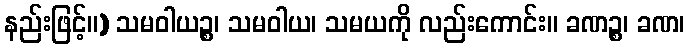
နည်းဖြင့်။) သမဝါယဉ္စ၊ သမဝါယ၊ သမယကို လည်းကောင်း။ ခဏဉ္စ၊ ခဏ၊